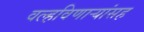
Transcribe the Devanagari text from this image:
वल्हविणाऱ्यांसह